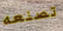
تصنعه